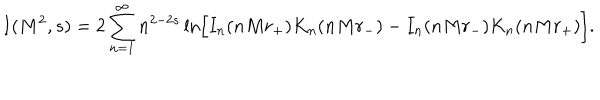
LaTeX: I ( M ^ { 2 } , s ) = 2 \sum _ { n = 1 } ^ { \infty } n ^ { 2 - 2 s } \ln \Bigr [ I _ { n } ( n M r _ { + } ) K _ { n } ( n M r _ { - } ) - I _ { n } ( n M r _ { - } ) K _ { n } ( n M r _ { + } ) \Bigr ] .